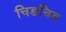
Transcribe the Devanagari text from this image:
चिडचिड